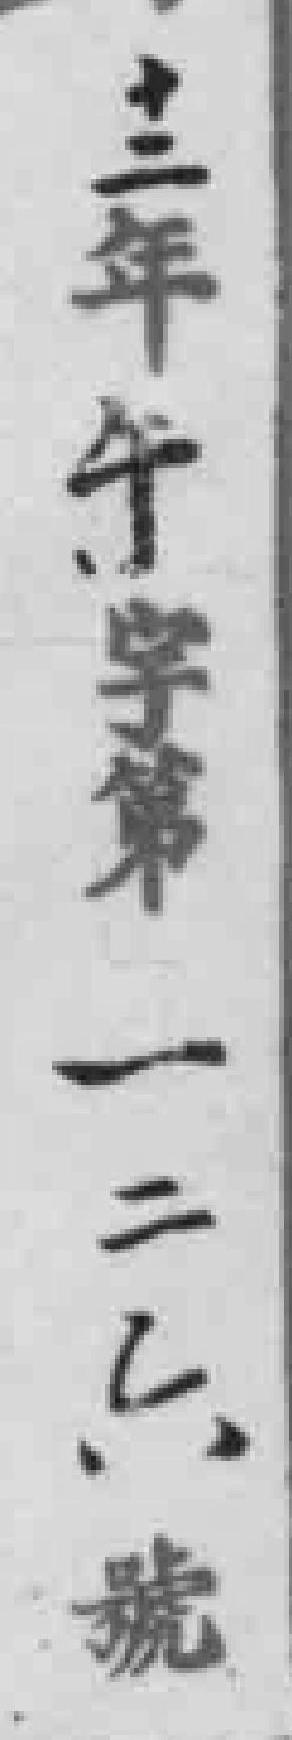
十二年午字第一二六號